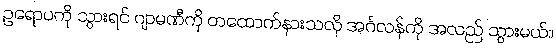
ဥရောပကို သွားရင် ဂျာမဏီကို တထောက်နားသလို အင်္ဂလန်ကို အလည် သွားမယ်။